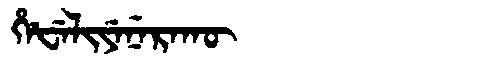
Manchu: ᡥᡝᡶᡝᠯᡳᠶᡝᠨᡝᡵᠠᡴᡡ
Romanization: HEFELIYENERAKŪ